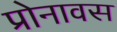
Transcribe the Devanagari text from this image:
प्रोनावस